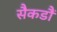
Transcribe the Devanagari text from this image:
सैकडौं